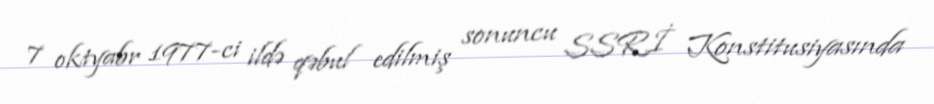
7 oktyabr 1977-ci ildə qəbul edilmiş sonuncu SSRİ Konstitusiyasında